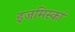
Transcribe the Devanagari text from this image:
इजमिर्स्का